Sanitation, dispensaries and jails vaccination Rajputana 1922-1927 - 1922-1927
Year: 1922
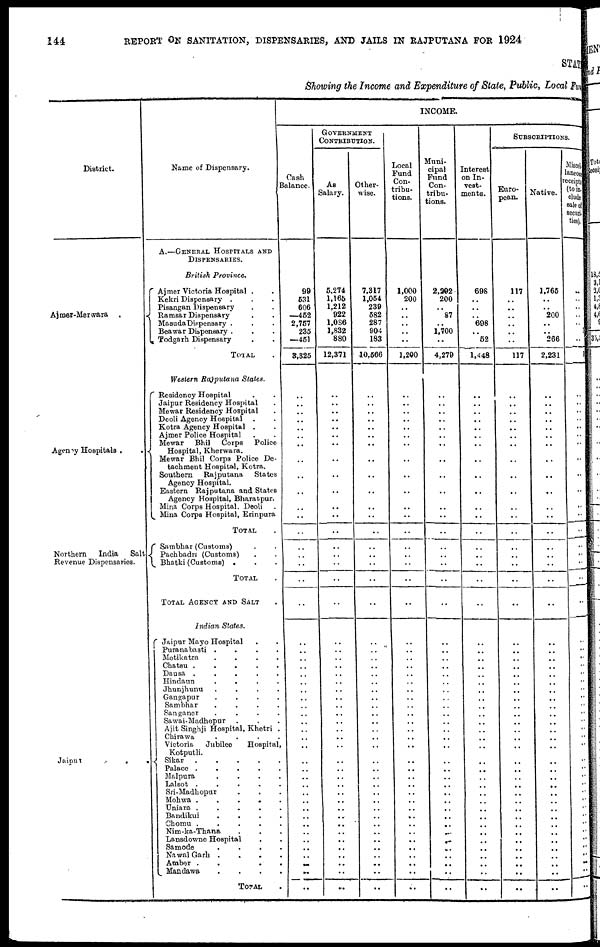
144
REPORT ON SANITATION, DISPENSARIES, AND JAILS IN RAJPUTANA FOR 1924
STAT
Showing the Income and Expenditure of State, Public, Local fun
District.
Ajmer-Merwara .
Agency Hospitals .
.
Northern
India
Salt
Revenue Dispensaries.
Jaipur
...
Name of Dispensary.
A.—GENERAL HOSPITALS AND
DISPENSARIES.
British Province.
Ajmer Victoria Hospital ..
Kekri Dispensary ...
Pisangan Dispensary ..
Ramsar Dispensary ..
Masuda Dispensary ...
Beawar Dispensary ...
Todgarh Dispensary..
TOTAL.
Western Rajputana States.
Residency Hospital ..
Jaipur Residency Hospital .
Mewar Residency Hospital .
Deoli Agency Hospital ..
Kotra Agency Hospital . .
Ajmer Police Hospital ..
Mewar Bhil Corps Police
Hospital, Kherwara.
Mewar Bhil Corps Police De-
tachment Hospital, Kotra.
Southern Rajputana
States
Agency Hospital.
Eastern Rajputana and States
Agency Hospital, Bharatpur.
Mina Corps Hospital. Deoli .
Mina Corps Hospital, Erinpura
TOTAL .
Sambhar (Customs) ..
Pachbadra (Customs) ..
Bhatki (Customs) ...
TOTAL.
TOTAL AGENCY AND SALT .
Indian States.
Jaipur Mayo Hospital ..
Puranabasti
....
Motikatra
....
Chatsu
.....
Dausa
.....
Hindaun
....
Jhunjhunu
....
Gangapur
....
Sambhar
....
Sanganer ....
Sawai-Madhopur...
Ajit Singhji Hospital, Khetri .
Chirawa
....
Victoria Jubilee Hospital,
Kotputli.
Sikar
Palace ....
Malpura
....
Lalsot
.....
Sri-Madhopur ...
Mohwa .....
Uniaro .....
Bandikui .....
Chomu .....
Nim-ka-Thana ...
Lansdowne Hospital ..
Samode
....
Nawal Garh
....
Amber
....
Mandawa
....
TOTAL .
INCOME.
Cash
Balance.
99
531
606
452
2,757
235
451
3,325
..
..
..
..
..
..
..
..
..
..
.. ..
..
..
..
..
..
..
..
..
..
..
..
..
..
..
..
..
..
..
..
..
..
..
..
..
..
..
..
..
..
.. ..
..
..
..
..
..
GOVERNMENT
CONTRIBUTION.
As
Salary.
5,274
1,165
1,212
922
1,086
1,832
880
12,371
..
..
..
..
..
..
..
..
..
..
..
..
..
..
..
..
..
..
..
.. ..
..
..
..
..
..
..
..
..
..
..
..
..
..
..
..
..
.. ..
..
..
.. ..
..
..
..
..
..
Other-
wise.
7,317
1,054
239
582
287
904
183
10,566
..
..
..
..
..
..
..
..
..
..
..
..
..
..
..
..
..
..
..
..
..
..
..
..
..
..
..
..
..
..
..
..
..
..
..
..
..
.. ..
..
..
.. ..
..
..
..
..
..
Local
Fund
Con-
tribu-
tions.
1,000
200
..
..
..
..
..
1,200
..
..
..
..
..
..
..
..
..
..
..
..
..
..
..
..
..
..
..
..
..
..
..
..
..
..
..
..
..
..
..
..
..
..
..
..
..
.. ..
..
..
..
..
..
..
..
..
..
Muni-
cipal
Fund
Con-
tribu-
tions.
2,202
200
. .
87
..
1,700
..
4,279
..
..
..
..
..
..
..
..
..
..
..
..
..
..
..
..
..
..
..
..
..
..
..
..
..
..
..
..
..
..
..
..
.. ..
..
..
..
..
..
..
..
..
..
..
..
..
..
..
Interest
on In-
vest-
ments.
698
..
..
..
698
..
52
1,448
..
..
..
..
..
..
..
..
..
..
.. ..
..
..
..
..
..
..
..
..
..
..
..
..
..
..
..
..
..
..
..
..
..
..
..
.. ..
..
..
..
..
..
..
..
.. ..
..
..
SUBSCEIPTIONS.
Euro-
pean.
117
..
..
..
.. ..
..
117
..
..
..
..
..
..
..
..
..
..
..
..
..
..
..
..
..
..
..
..
..
..
..
..
..
..
..
..
..
..
..
..
.. ..
..
.. ..
..
..
..
..
..
..
..
.. ..
..
..
Native.
1,765
..
..
200
..
..
266
2,231
..
..
..
..
..
..
..
..
..
..
..
..
..
..
..
..
..
..
..
..
..
..
..
..
..
..
..
..
..
..
..
..
..
..
..
.. ..
..
..
..
..
..
..
..
..
..
..
..
Miscel
laneous
receipu
(to in
clude
sale of
securi
ties).
..
..
..
..
..
..
..
3
..
..
..
..
..
..
..
..
..
..
.. ..
..
..
..
..
..
..
..
..
..
..
..
..
..
..
..
..
..
..
..
..
..
..
..
.. ..
..
..
..
..
..
..
..
..
..
..
..